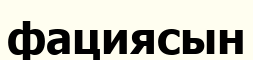
фациясын